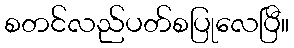
စတင်လည်ပတ်စပြုလေပြီ။